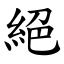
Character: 絕